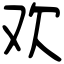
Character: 欢